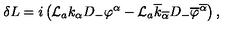
\delta L = i \left( { \cal L } _ { a } k _ { \alpha } D _ { - } \varphi ^ { \alpha } - { \cal L } _ { a } \overline { { k } } _ { \overline { { \alpha } } } D _ { - } \overline { { \varphi } } ^ { \overline { { \alpha } } } \right) ,